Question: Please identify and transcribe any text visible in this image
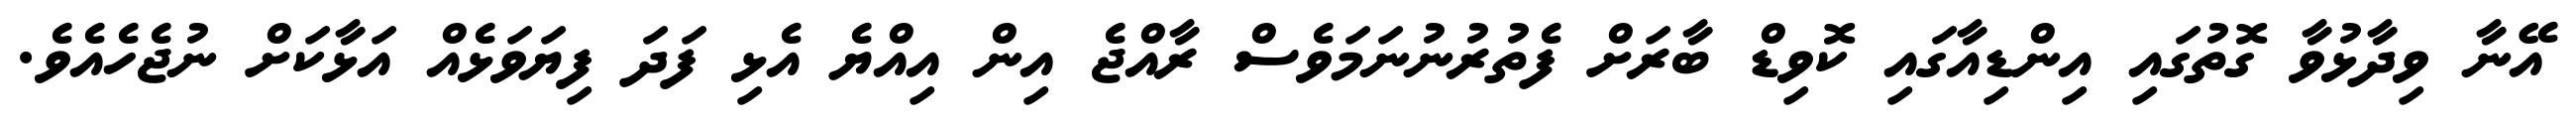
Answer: އޭނާ ވިދާޅުވާ ގޮތުގައި އިންޑިއާގައި ކޮވިޑް ބާރަށް ފެތުރުނުނަމަވެސް ރާއްޖެ އިން އިއްޔެ އެޅި ފަދަ ފިޔަވަޅެއް އަޅާކަށް ނުޖެހެއެވެ.